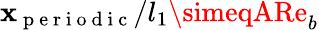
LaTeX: \mathbf{x}_{\mathrm{{~p~e~r~i~o~d~i~c~}}}/l_{1}\simeqARe_{b}